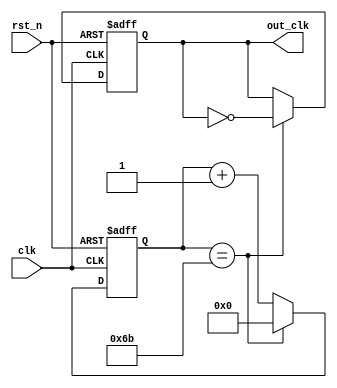
module uartcon_clk
  (
   input  rst_n,
   input  clk,

   output out_clk
   );

   // out_clk = Rate x 16[Hz]

   reg [7:0] count;
   reg       out_clk;

   // RESET_COUNT
   //  RESET_COUNT = (Freq[Hz] / Rate[Hz]) / 8 - 1
   parameter RESET_COUNT = 8'd107;

   always @(posedge clk or negedge rst_n) begin
      if(!rst_n) begin
         count[7:0]  <= 8'd0;
         out_clk     <= 1'b0;
      end else begin
         if(count[7:0] == RESET_COUNT) begin
            count[7:0]  <= 8'd0;
            out_clk     <= ~out_clk;
         end else begin
            count[7:0]  <= count[7:0] + 8'd1;
         end
      end
   end

endmodule